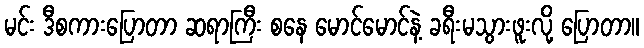
မင်း ဒီစကားပြောတာ ဆရာကြီး စနေ မောင်မောင်နဲ့ ခရီးမသွားဖူးလို့ ပြောတာ။